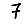
Digit: 7